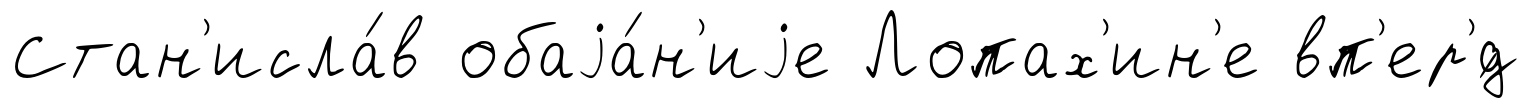
Стан'исла́в обаjа́н'иjе Лопах'ин'е вп'ер'́д